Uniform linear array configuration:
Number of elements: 48
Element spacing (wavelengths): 0.75
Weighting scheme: hamming
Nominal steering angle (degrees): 30
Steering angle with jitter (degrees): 31.376
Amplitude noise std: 0.05
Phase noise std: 0.05

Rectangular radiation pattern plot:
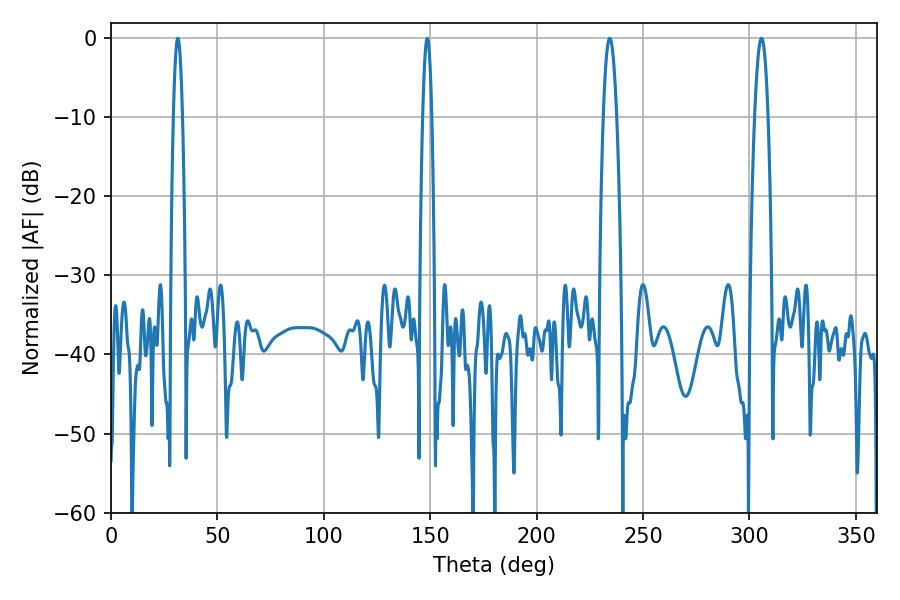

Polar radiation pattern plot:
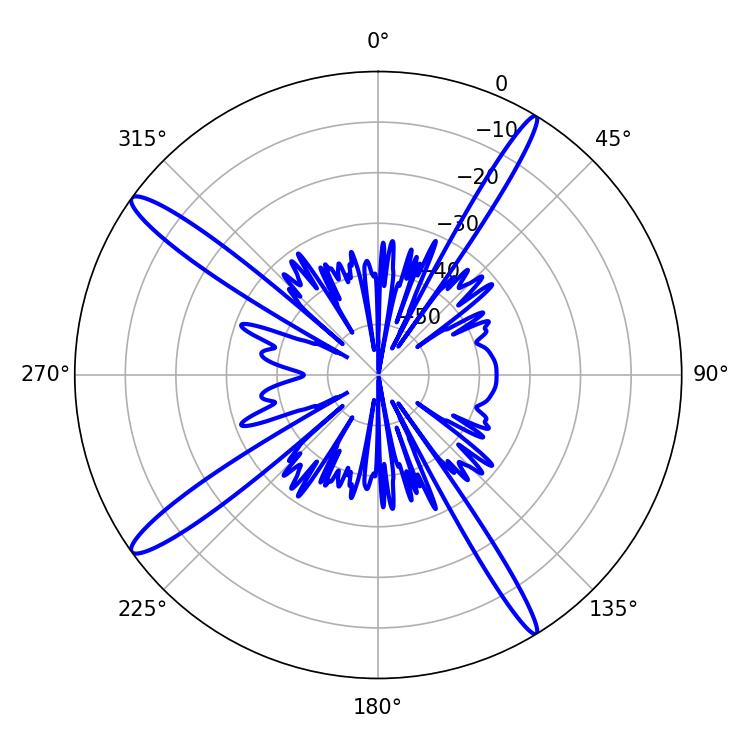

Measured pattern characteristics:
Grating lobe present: TRUE
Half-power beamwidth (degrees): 3.42
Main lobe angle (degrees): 305.64